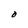
Character: O